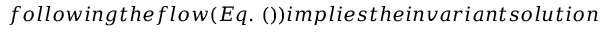
f o l l o w i n g t h e f l o w ( E q . ~ ( ) ) i m p l i e s t h e i n v a r i a n t s o l u t i o n